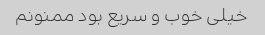
خیلی خوب و سریع بود ممنونم